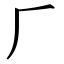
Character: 𠂆